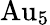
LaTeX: \mathrm{Au}_{5}